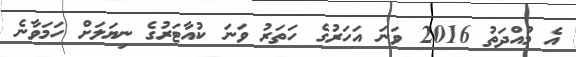
އެ މުއްދަތު 2016 ވަނަ އަހަރުގެ ހަތަރު ވަނަ ކުއާޓަރުގެ ނިޔަލަށް ހަމަވާނެ